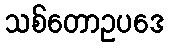
သစ်တောဥပဒေ